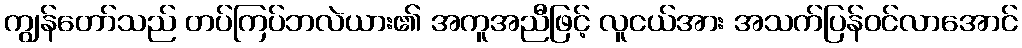
ကျွန်တော်သည် တပ်ကြပ်ဘလဲယား၏ အကူအညီဖြင့် လူငယ်အား အသက်ပြန်ဝင်လာအောင်